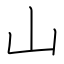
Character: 山